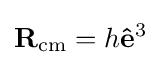
\mathbf {R} _{\rm {cm}}=h\mathbf {\hat {e}} ^{3}